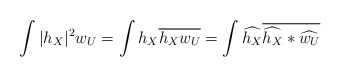
\begin{align*} \int|h_X|^2w_U&=\int h_X \overline{h_Xw_U}=\int \widehat{h_X}\overline{\widehat{h_X}*\widehat{w_U}}\end{align*}